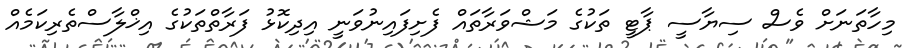
މިހާތަނަށް ވެސް ސިޔާސީ ޕާޓީ ތަކުގެ މަޝްވަރާތައް ފެށިފައިނުވަނީ އިދިކޮޅު ފަރާތްތަކުގެ އިޚްލާސްތެރިކަމެއް